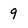
Character: 9